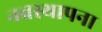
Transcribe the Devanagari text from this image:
नवस्थापना